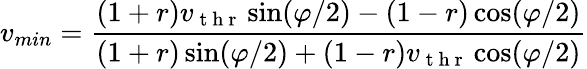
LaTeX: v_{min}=\frac{(1+r)v_{\mathrm{~t~h~r~}}\sin(\varphi/2)-(1-r)\cos(\varphi/2)}{(1+r)\sin(\varphi/2)+(1-r)v_{\mathrm{~t~h~r~}}\cos(\varphi/2)}